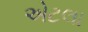
એટલા